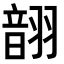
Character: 𫅬